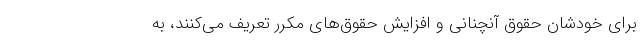
برای خودشان حقوق آنچنانی و افزایش حقوق‌های مکرر تعریف می‌کنند، به